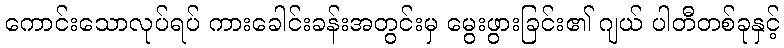
ကောင်းသောလုပ်ရပ် ကားခေါင်းခန်းအတွင်းမှ မွေးဖွားခြင်း၏ ဂျယ် ပါတီတစ်ခုနှင့်